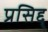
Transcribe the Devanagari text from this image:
प्रसिद्द्